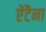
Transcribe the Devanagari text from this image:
ऐंटैना